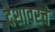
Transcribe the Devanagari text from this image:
देशावरचे